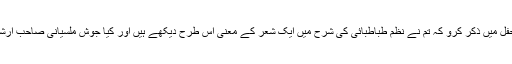
پریم سے رائے مانگی تو اس نے کہا، تم بیشک کسی دن محفل میں ذکر کرو کہ تم نے نظم طباطبائی کی شرح میں ایک شعر کے معنی اس طرح دیکھے ہیں اور کیا جوش ملسیانی صاحب ارشاد فرمائیں گے کہ ان کی شرح میں معنی مختلف کیوں ہیں؟